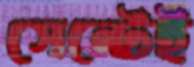
সেন্টেই